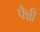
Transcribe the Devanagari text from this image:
पैन्नी